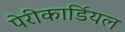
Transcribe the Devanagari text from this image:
पेरीकार्डियल